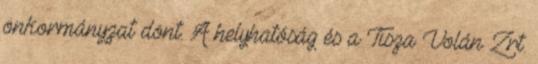
önkormányzat dönt. A helyhatóság és a Tisza Volán Zrt.